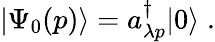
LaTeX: |\Psi_{0}(p)\rangle=a_{\lambda p}^{\dagger}|0\rangle\; .